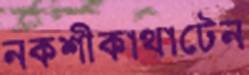
নকশীকাথাটেন